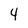
Character: 4